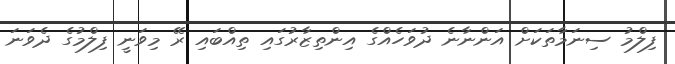
ފިލްމު ސިނަމާތަކަށް އަންނާނެ ދުވަހެއްގެ އިންތިޒާރުގައި ތިއްބައި ރޭ މިވަނީ ފިލްމުގެ ދެވަނަ